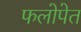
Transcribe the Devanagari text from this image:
फलोपेत